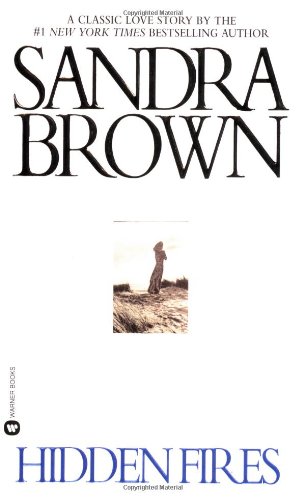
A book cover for Hidden Fires; Sandra Brown; Romance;